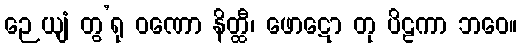
ဉေယျံ တွ’ရု ဝဏော နိတ္ထီ၊ ဖောဋော တု ပိဠကာ ဘဝေ။